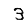
Digit: 3